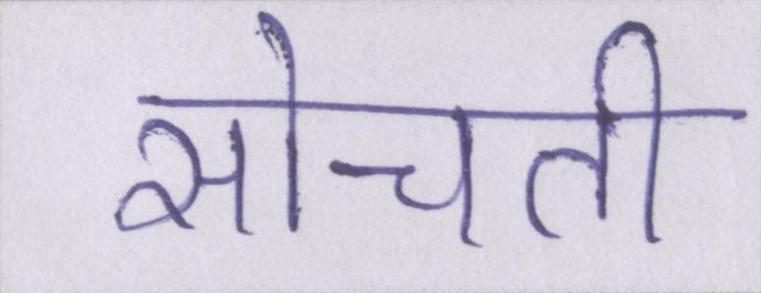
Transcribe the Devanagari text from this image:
सोचती